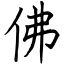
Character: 佛